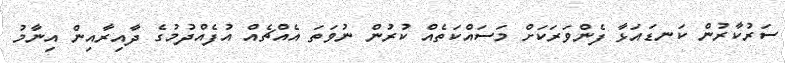
ސަރުކާރުން ކަނޑައަޅާ ފެންވަރަކަށް މަސައްކަތެއް ކުރުން ނުވަތަ އެއްޗެއް އުފެއްދުމުގެ ދާއިރާއިން އިނާމު